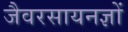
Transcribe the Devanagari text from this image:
जैवरसायनज्ञों